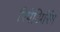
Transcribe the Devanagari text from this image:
रिपेअिरिंग